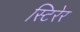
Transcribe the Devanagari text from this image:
स्टिरेर